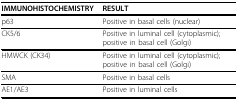
<table><thead><tr><td><b>IMMUNOHISTOCHEMISTRY</b></td><td><b>RESULT</b></td></tr></thead><tbody><tr><td>p63</td><td>Positive in basal cells (nuclear)</td></tr><tr><td>CK5/6</td><td>Positive in luminal cell (cytoplasmic); positive in basal cell (Golgi)</td></tr><tr><td>HMWCK (CK34)</td><td>Positive in luminal cell (cytoplasmic); positive in basal cell (Golgi)</td></tr><tr><td>SMA</td><td>Positive in basal cells</td></tr><tr><td>AE1/AE3</td><td>Positive in luminal cells</td></tr></tbody></table>